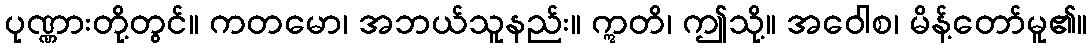
ပုဏ္ဏားတို့တွင်။ ကတမော၊ အဘယ်သူနည်း။ ဣတိ၊ ဤသို့။ အဝေါစ၊ မိန့်တော်မူ၏။